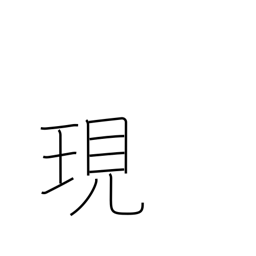
Meaning: actual